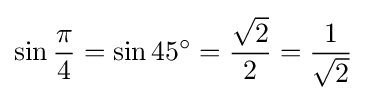
\sin {\frac {\pi }{4}}=\sin 45^{\circ }={\frac {\sqrt {2}}{2}}={\frac {1}{\sqrt {2}}}